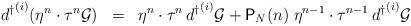
LaTeX: \begin{align*}{d^{\dagger}}^{(i)} ( \eta^n \cdot \tau^n {\cal{G}} ) \;\; = \;\; \eta^n \cdot \tau^n \, {d^{\dagger}}^{(i)} {\cal{G}} + {\textsf{P}}_N (n) \; \eta^{n-1} \cdot \tau^{n-1} \, {d^{\dagger}}^{(i)} {\cal{G}}\end{align*}